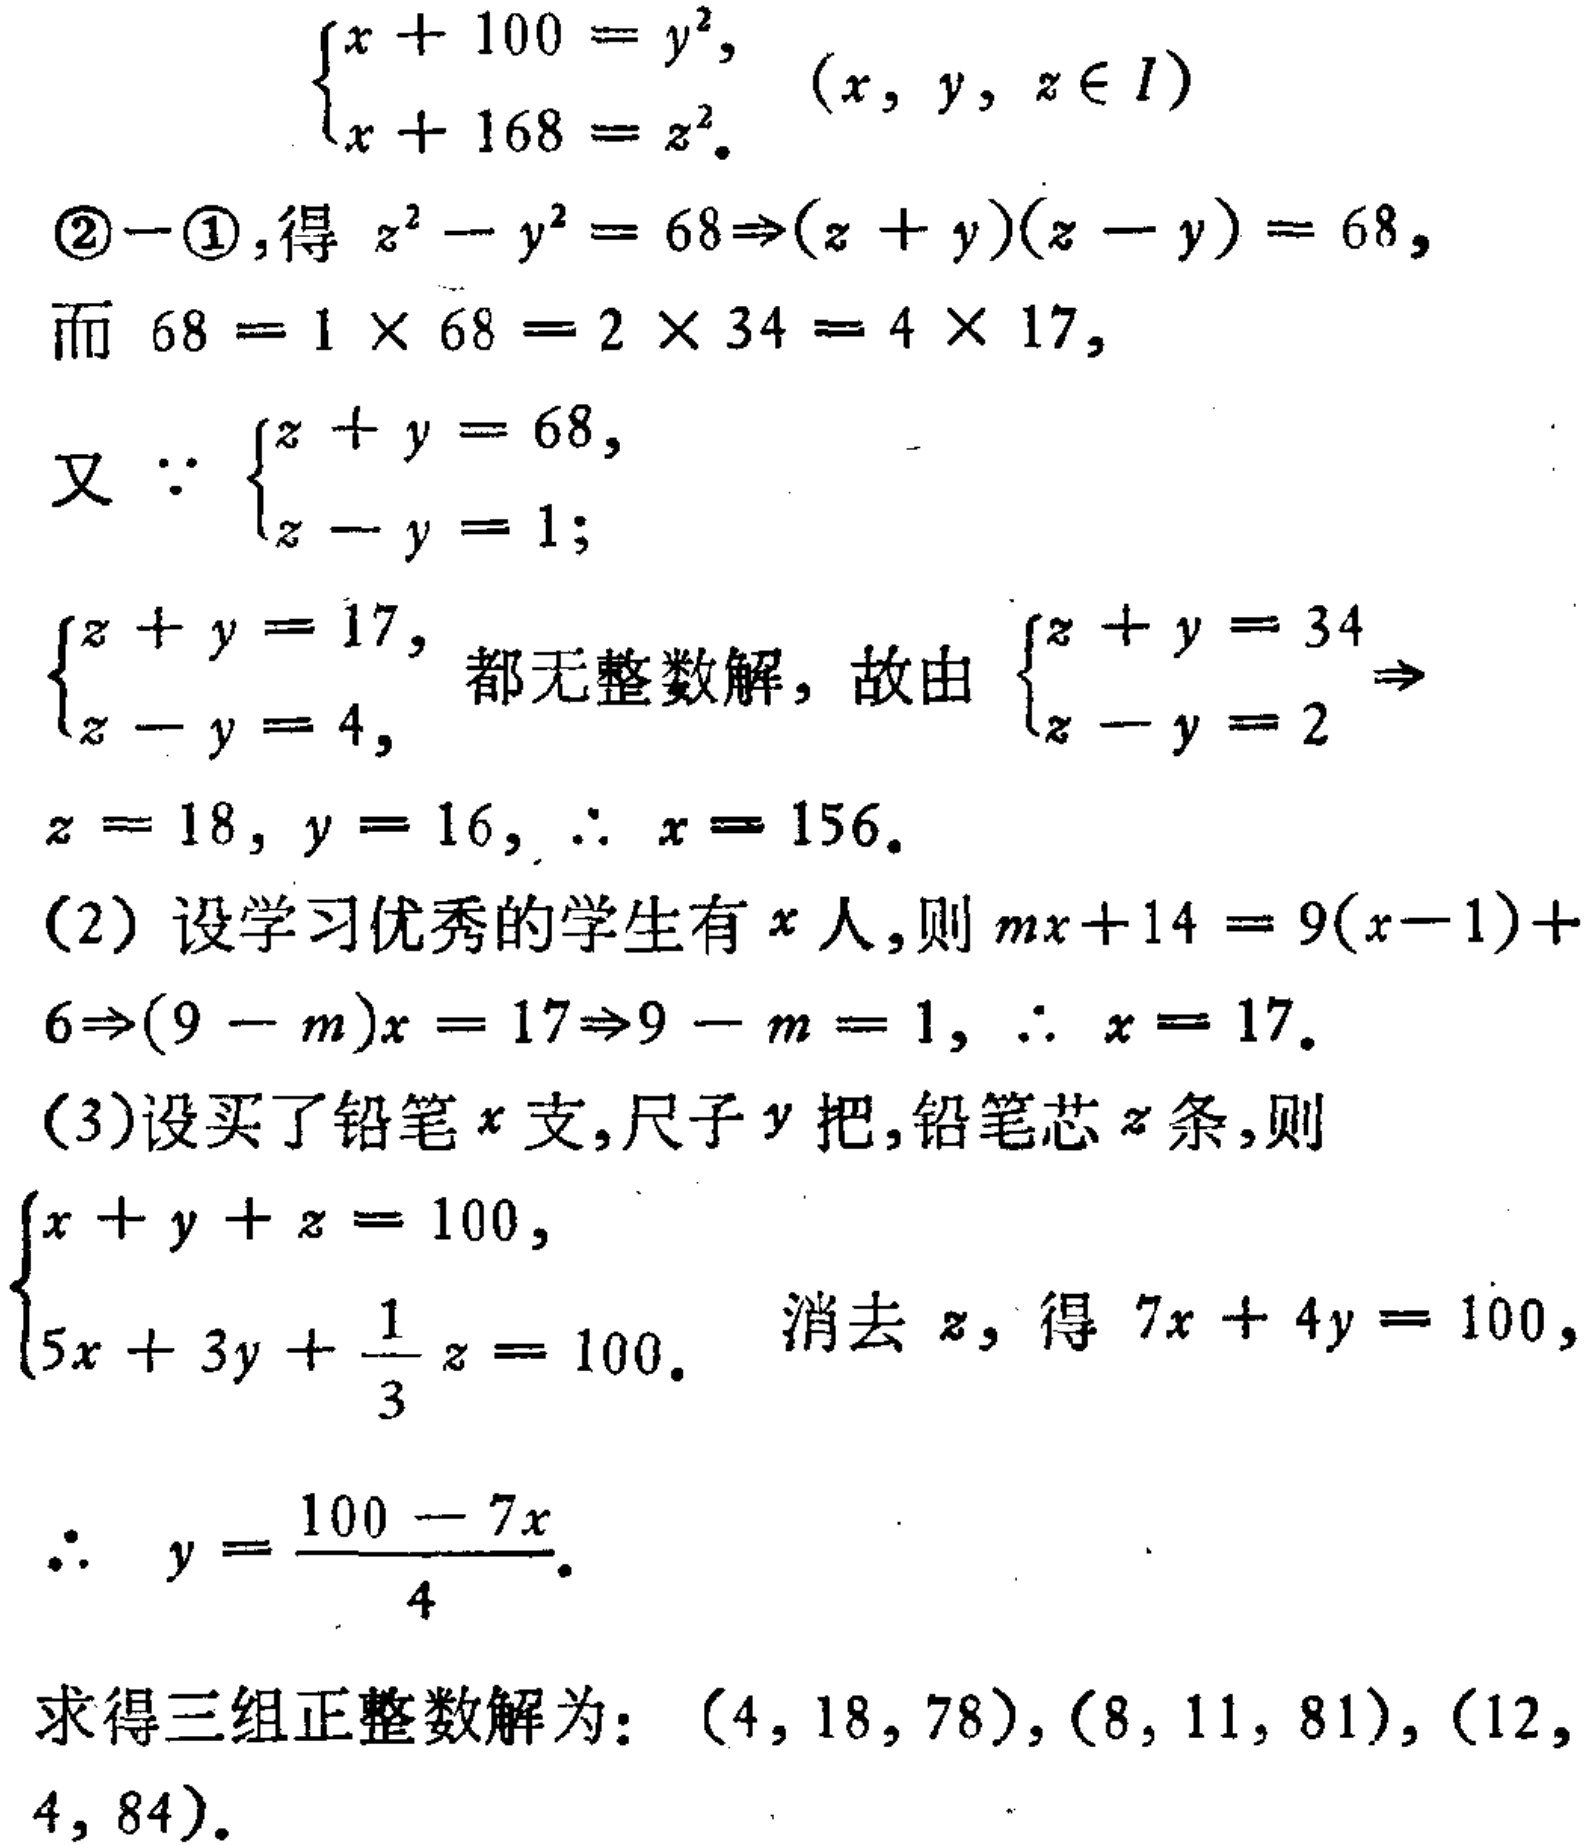
\(
\begin{align*}
&\begin{cases}
x + 100 = y^{2},&(x,y,z\in I)\\
x + 168 = z^{2}.
\end{cases}\\
&\textcircled{2}-\textcircled{1},\text{得 }z^{2}-y^{2}=68\Rightarrow(z + y)(z - y)=68,\\
&\text{而 }68 = 1\times68 = 2\times34 = 4\times17,\\
&\text{又 }\because\begin{cases}
z + y = 68,\\
z - y = 1;
\end{cases}\\
&\begin{cases}
z + y = 17,\\
z - y = 4,
\end{cases}\text{ 都无整数解，故由 }\begin{cases}
z + y = 34\\
z - y = 2
\end{cases}\Rightarrow\\
&z = 18,y = 16,\therefore x = 156.\\
&(2)\text{ 设学习优秀的学生有 }x\text{ 人，则 }mx + 14 = 9(x - 1)+6\Rightarrow(9 - m)x = 17\Rightarrow9 - m = 1,\therefore x = 17.\\
&(3)\text{设买了铅笔 }x\text{ 支，尺子 }y\text{ 把，铅笔芯 }z\text{ 条，则}\\
&\begin{cases}
x + y + z = 100,\\
5x + 3y+\frac{1}{3}z = 100.
\end{cases}\text{ 消去 }z,\text{ 得 }7x + 4y = 100,\\
&\therefore y=\frac{100 - 7x}{4}.\\
&\text{求得三组正整数解为： }(4,18,78),(8,11,81),(12,4,84).
\end{align*}
\)